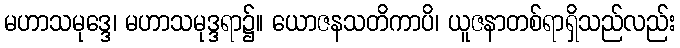
မဟာသမုဒ္ဒေ၊ မဟာသမုဒ္ဒရာ၌။ ယောဇနသတိကာပိ၊ ယူဇနာတစ်ရာရှိသည်လည်း